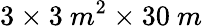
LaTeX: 3\times 3~m^{2}\times 30~m